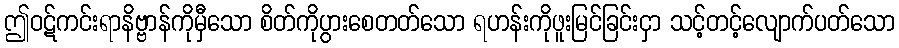
ဤဝဋ်ကင်းရာနိဗ္ဗာန်ကိုမှီသော စိတ်ကိုပွားစေတတ်သော ရဟန်းကိုဖူးမြင်ခြင်းငှာ သင့်တင့်လျောက်ပတ်သော